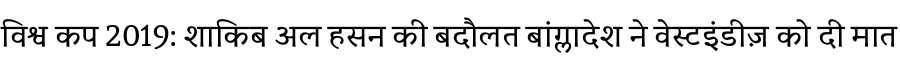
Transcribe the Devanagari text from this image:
विश्व कप 2019: शाकिब अल हसन की बदौलत बांग्लादेश ने वेस्टइंडीज़ को दी मात